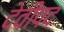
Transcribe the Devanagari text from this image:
देवीपद